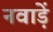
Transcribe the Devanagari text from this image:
नवाड़ें